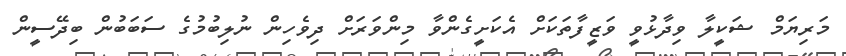
މަރިޔަމް ޝަކީލާ ވިދާޅުވީ ވަޒީފާތަކަށް އެކަށީގެންވާ މިންވަރަށް ދިވެހިން ނުލިބުމުގެ ސަބަބުން ބިދޭސީން